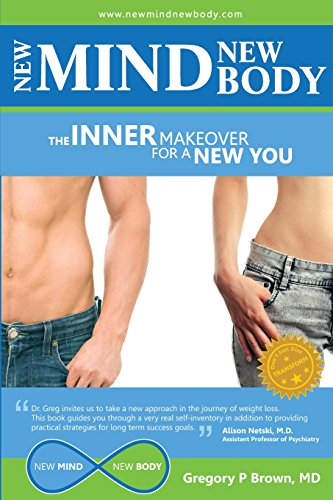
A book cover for New Mind, New Body: The Inner Makeover for a New You; Gregory P Brown MD; Health, Fitness & Dieting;